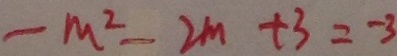
- m ^ { 2 } - 2 m + 3 = - 3